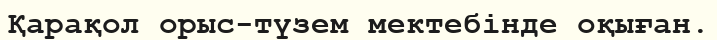
Қарақол орыс-түзем мектебінде оқыған.